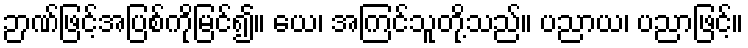
ဉာဏ်ဖြင့်အပြစ်ကိုမြင်၍။ ယေ၊ အကြင်သူတို့သည်။ ပညာယ၊ ပညာဖြင့်။